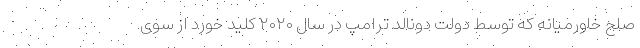
صلح خاورمیانه که توسط دولت دونالد ترامپ در سال ۲۰۲۰ کلید خورد از سوی